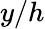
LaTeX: y/h